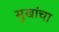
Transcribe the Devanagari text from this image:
सुखांचा